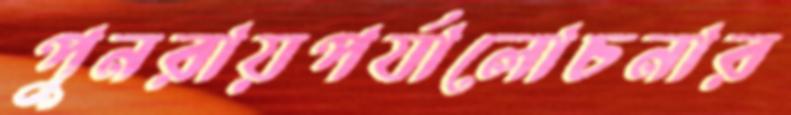
পুনরায়পর্যালোচনার